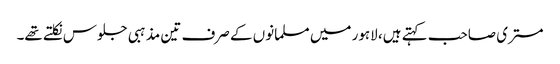
مستری صاحب کہتے ہیں، لاہور میں مسلمانوں کے صرف تین مذہبی جلوس نکلتے تھے۔